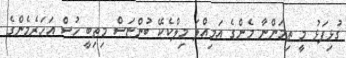
ގުޅިފަޅު މީ ތިމަންނާ މެންގެ އަމިއްލަ މިލްކެކޭ ބުންޏަސް މިތިބީ ހުސް އަހަރެމެންގެ